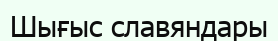
Шығыс славяндары